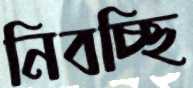
নিবচ্ছি